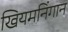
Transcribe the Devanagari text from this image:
खियमनिंगान